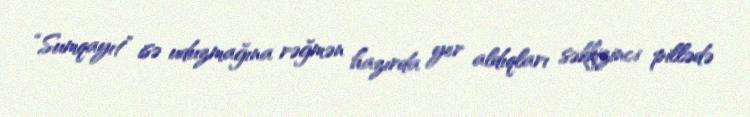
“Sumqayıt” isə uduzmağına rəğmən hazırda yer aldıqları səkkizinci pillədə